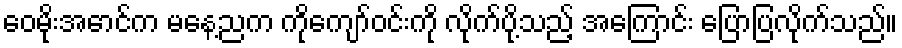
ဝေမိုးအောင်က မနေ့ညက ကိုကျော်ဝင်းကို လိုက်ပို့သည့် အကြောင်း ပြောပြလိုက်သည်။